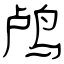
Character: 鸬